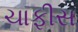
ચાફીસ